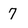
Character: 7